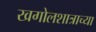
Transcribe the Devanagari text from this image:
खगोलशात्राच्या